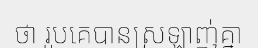
ថា រូបគេបានស្រឡាញ់គ្នា